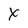
Character: X